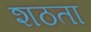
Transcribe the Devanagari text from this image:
शठता